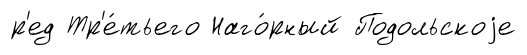
р'ед Тр'е́тьего Наго́рный Подольскоjе